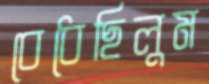
বেধেছিলুম